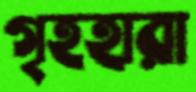
গৃহহারা